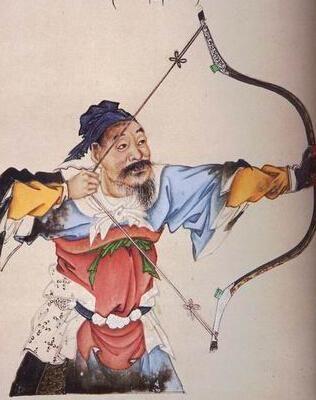
将军玉帐貂鼠衣，手持酒杯看雪飞。